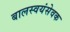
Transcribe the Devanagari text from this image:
बालस्वयंसेवक